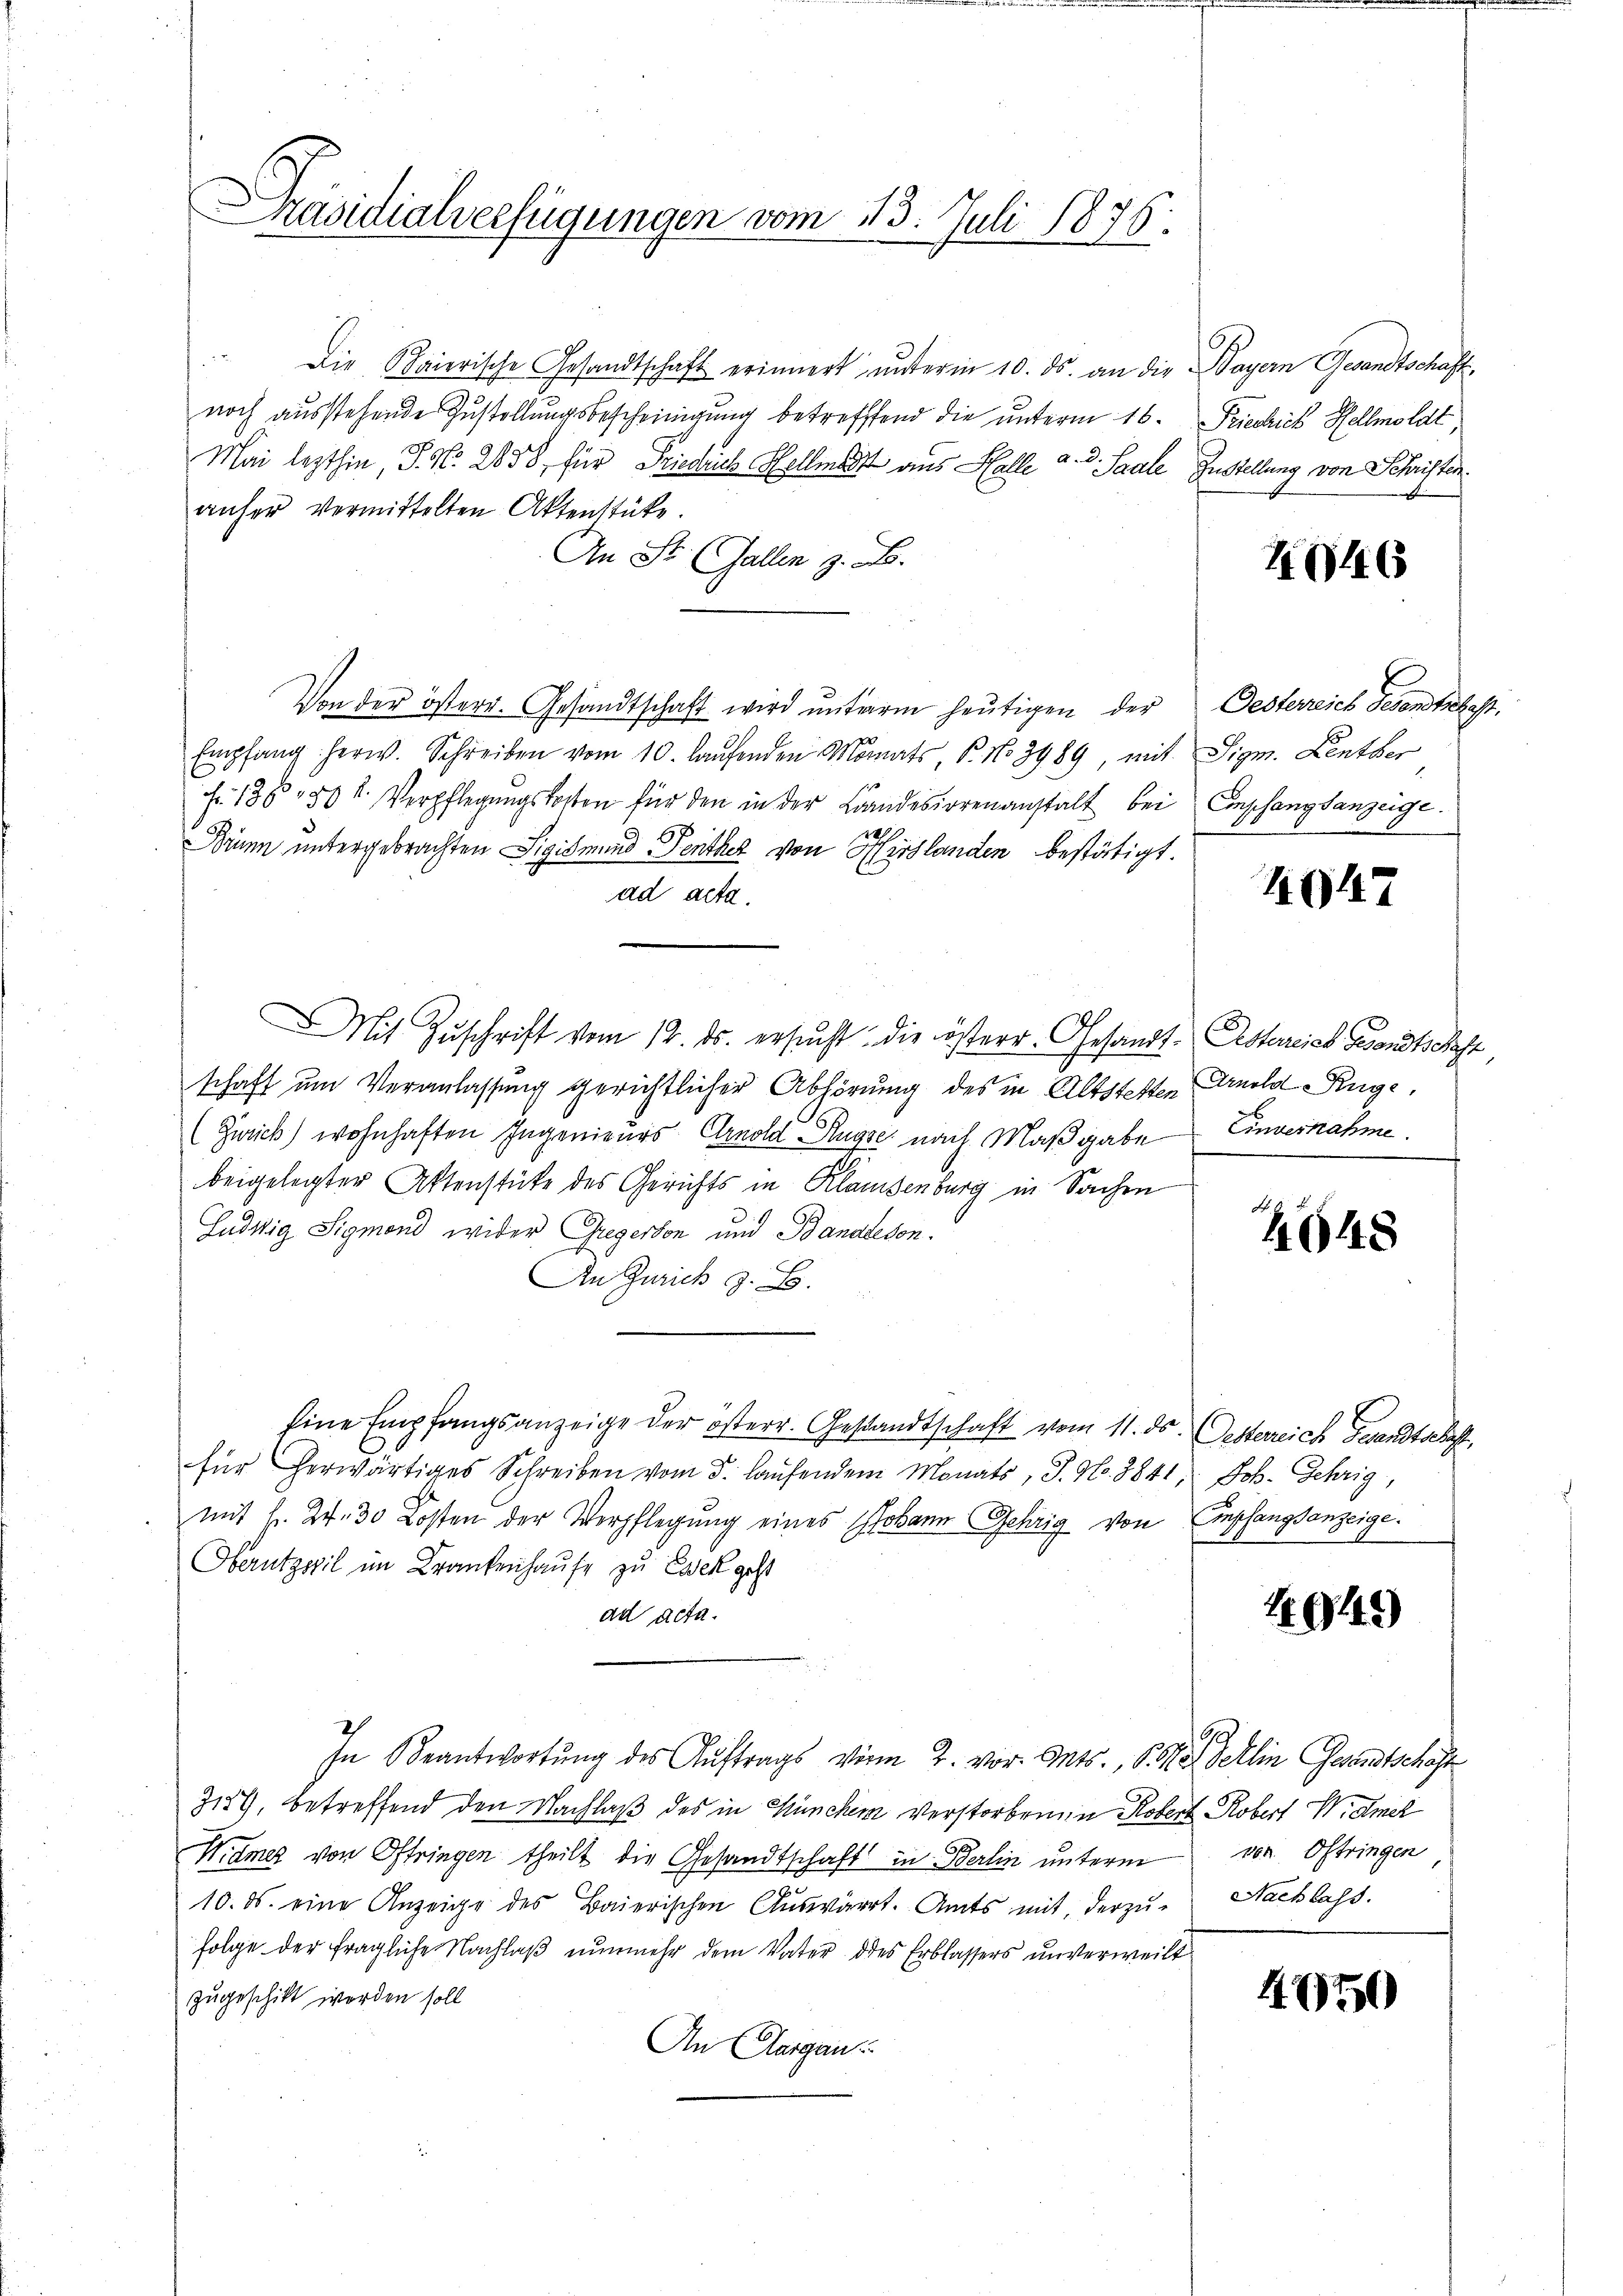
Präsidialverfügungen vom 13. Juli 1876.

.
Die Baierische Gesandtschaft erinnert unterm 10. ds. an die Bayern Gesandtschaftnoch ausstehende Zustellungsbescheinigung betreffend die unterm 16. Friechich Hellmoldt
Mai lezthin, J. N. 2633, für Friedrich Ehellist aus Halle a. d. Saale Zustellung von Schriften.
anher vermittelten Aktenstücke.
An St. Gallen z. B.
Von der österr. Gesandtschaft wird unterm heutigen der Oesterreich Gesandtschaft,
Empfang herw. Schreiben vom 10. laŭfenden Monats, P. No 2989, mit Sigm. Lenzber
Fr. 136, 86 u. Verpflegŭngskosten für den in der Landesirrenanstalt bei Empfangsanzeige
1
Brunn untergebrachten Sigismund Penther von Hirslanden bestätigt.
ad acta.
Mit Zŭschrift vom 12. ds. ersŭcht die österr. Gesandt. Osterreich Gesandtschaft
schaft um Veranlassung gerichtlicher Abhörung des in Altsteften Arnold Rüge
(Zürich) wohnhaften Ingenieurs Arnold Auge nach Maßgabe Einvernahme
beigelegter Aktenstücke des Gerichts in Klaisenburg in Sachen
Gudwig Sigmond wider Gregerson und Banalesen.
An Zürich z. B.
Eine Empfangsanzeige der österr. Gesandtschaft vom 11. ds. Oesterreich Gesandtschaft,
für herwärtiges Schreiben vom 3. laŭfendem Monats, J. No. 2841, Joh. Gehrig,
mit Fr. 24. 30 Kosten der Verpflegung eines Johann Gehrig von Empfangsanzeige
Obernteil im Krankenhause zu Essek geht
ad acta.
In Beantwortung des Auftrags vom 2. vor. Mts., S. 51 Jellin Gesandtschäft
3187, betreffend den Nachlaß des in Müncher verstorben in Kobert Robert Widmet
Widmer von Oftringen theilt die Gesandtschaft in Berlin unterm von Oftringen
10. ds. eine Anzeige des Baierischen Auswärrt. Amts mit derzu- Sachlass
folge der fragliche Nachlaß nunmehr dem Vater des Erblassers unverweilt
zugeschikt werden soll
An Aargau

2646

E

4047

4648

1949

4750